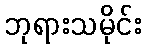
ဘုရားသမိုင်း